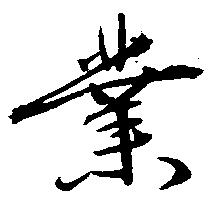
業